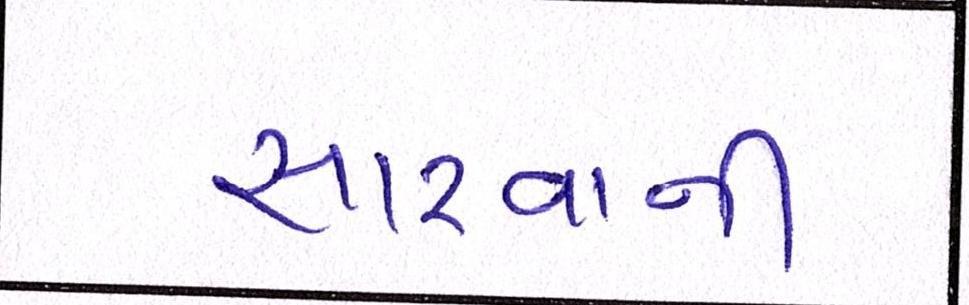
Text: સારવાની